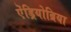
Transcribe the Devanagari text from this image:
ऐंड्रियोब्रिया